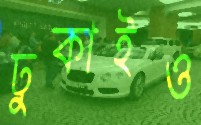
ঢুকাইও